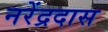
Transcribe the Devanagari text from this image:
नरेंद्रदास